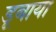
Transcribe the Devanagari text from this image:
डूबाया